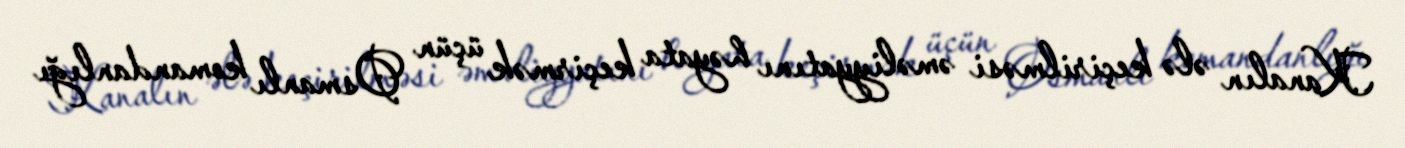
Kanalın ələ keçirilməsi əməliyyatını həyata keçirmək üçün Osmanlı komandanlığı